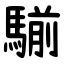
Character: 騚